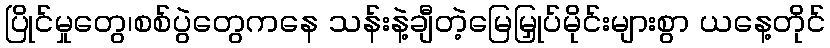
ပြိုင်မှုတွေ၊စစ်ပွဲတွေကနေ သန်းနဲ့ချီတဲ့မြေမြှုပ်မိုင်းများစွာ ယနေ့တိုင်